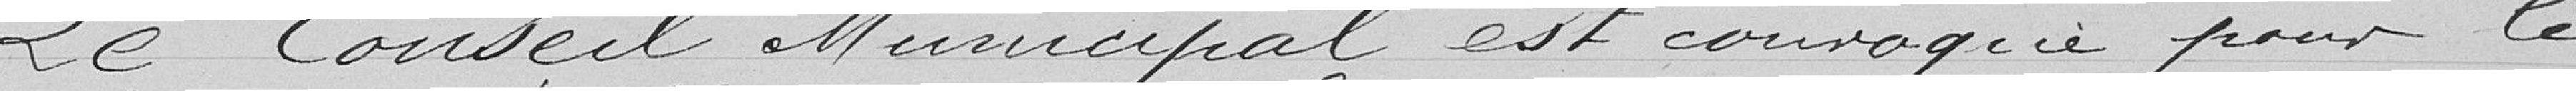
Le Conseil Municipal est convoqué pour le